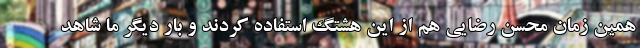
همین زمان محسن رضایی هم از این هشتگ استفاده کردند و بار دیگر ما شاهد